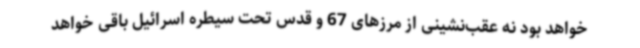
خواهد بود نه عقب‌نشینی از مرزهای 67 و قدس تحت سیطره اسرائیل باقی خواهد